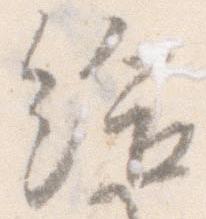
給